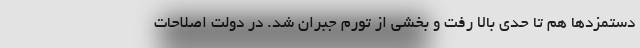
دستمزدها هم تا حدی بالا رفت و بخشی از تورم جبران شد. در دولت اصلاحات